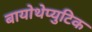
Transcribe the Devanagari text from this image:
बायोथेप्युटिक